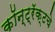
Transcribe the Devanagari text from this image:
कॉन्ट्रॅक्‍टचे